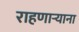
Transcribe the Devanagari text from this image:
राहणार्‍याना